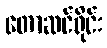
တောဆင်ရိုင်း